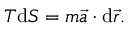
T \mathrm { d } S = m \vec { a } \cdot \mathrm { d } \vec { r } .